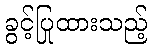
ခွင့်ပြုထားသည့်